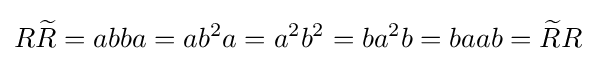
R{\widetilde {R}}=abba=ab^{2}a=a^{2}b^{2}=ba^{2}b=baab={\widetilde {R}}R